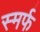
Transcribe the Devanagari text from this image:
स्मर्फ